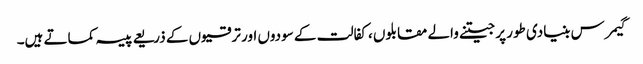
گیمرس بنیادی طور پر جیتنے والے مقابلوں ، کفالت کے سودوں اور ترقیوں کے ذریعے پیسہ کماتے ہیں۔